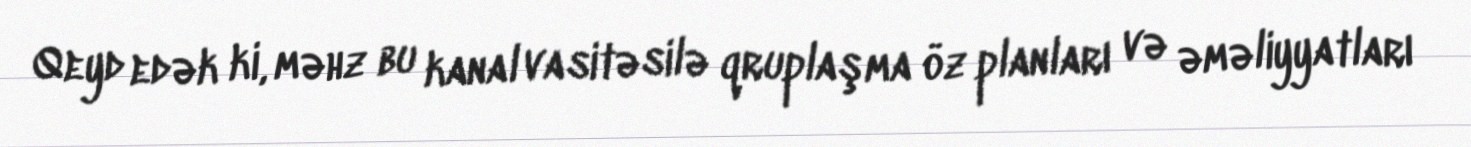
Qeyd edək ki, məhz bu kanal vasitəsilə qruplaşma öz planları və əməliyyatları